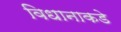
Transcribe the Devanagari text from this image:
विधानाकडे